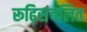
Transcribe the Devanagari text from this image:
रूढ़िसंवलित